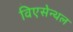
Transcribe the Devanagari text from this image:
विएसेन्थल